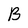
Character: B